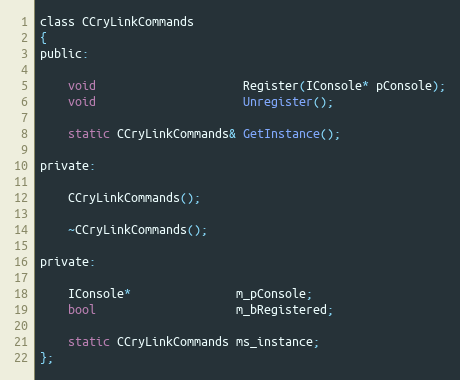
Language: C
class CCryLinkCommands
{
public:

	void                     Register(IConsole* pConsole);
	void                     Unregister();

	static CCryLinkCommands& GetInstance();

private:

	CCryLinkCommands();

	~CCryLinkCommands();

private:

	IConsole*               m_pConsole;
	bool                    m_bRegistered;

	static CCryLinkCommands ms_instance;
};